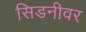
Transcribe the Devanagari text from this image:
सिडनीवर